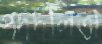
পদদলিতা